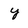
Character: y